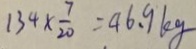
1 3 4 \times \frac { 7 } { 2 0 } = 4 6 . 9 k g